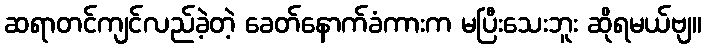
ဆရာတင်ကျင်လည်ခဲ့တဲ့ ခေတ်နောက်ခံကားက မပြီးသေးဘူး ဆိုရမယ်ဗျ။